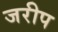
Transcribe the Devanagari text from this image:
जरीप